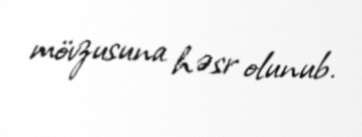
mövzusuna həsr olunub.